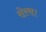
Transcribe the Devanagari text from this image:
रोस्स।